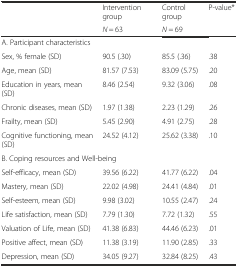
| <ROWSPAN=2>  | Intervention group | Control group | P-value* |
 | N = 63 | N = 69 |  |
 | --- | --- | --- | --- |
 | <COLSPAN=4> A. Participant characteristics |
 | Sex, % female (SD) | 90.5 (.30) | 85.5 (.36) | .38 |
 | Age, mean (SD) | 81.57 (7.53) | 83.09 (5.75) | .20 |
 | Education in years, mean (SD) | 8.46 (2.54) | 9.32 (3.06) | .08 |
 | Chronic diseases, mean (SD) | 1.97 (1.38) | 2.23 (1.29) | .26 |
 | Frailty, mean (SD) | 5.45 (2.90) | 4.91 (2.75) | .28 |
 | Cognitive functioning, mean (SD) | 24.52 (4.12) | 25.62 (3.38) | .10 |
 | <COLSPAN=4> B. Coping resources and Well-being |
 | Self-efficacy, mean (SD) | 39.56 (6.22) | 41.77 (6.22) | .04 |
 | Mastery, mean (SD) | 22.02 (4.98) | 24.41 (4.84) | .01 |
 | Self-esteem, mean (SD) | 9.98 (3.02) | 10.55 (2.47) | .24 |
 | Life satisfaction, mean (SD) | 7.79 (1.30) | 7.72 (1.32) | .55 |
 | Valuation of Life, mean (SD) | 41.38 (6.83) | 44.46 (6.23) | .01 |
 | Positive affect, mean (SD) | 11.38 (3.19) | 11.90 (2.85) | .33 |
 | Depression, mean (SD) | 34.05 (9.27) | 32.84 (8.25) | .43 |